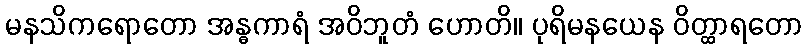
မနသိကရောတော အန္ဓကာရံ အဝိဘူတံ ဟောတိ။ ပုရိမနယေန ဝိတ္ထာရတော